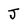
Character: J